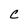
Character: C